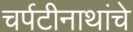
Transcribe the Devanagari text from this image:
चर्पटीनाथांचे